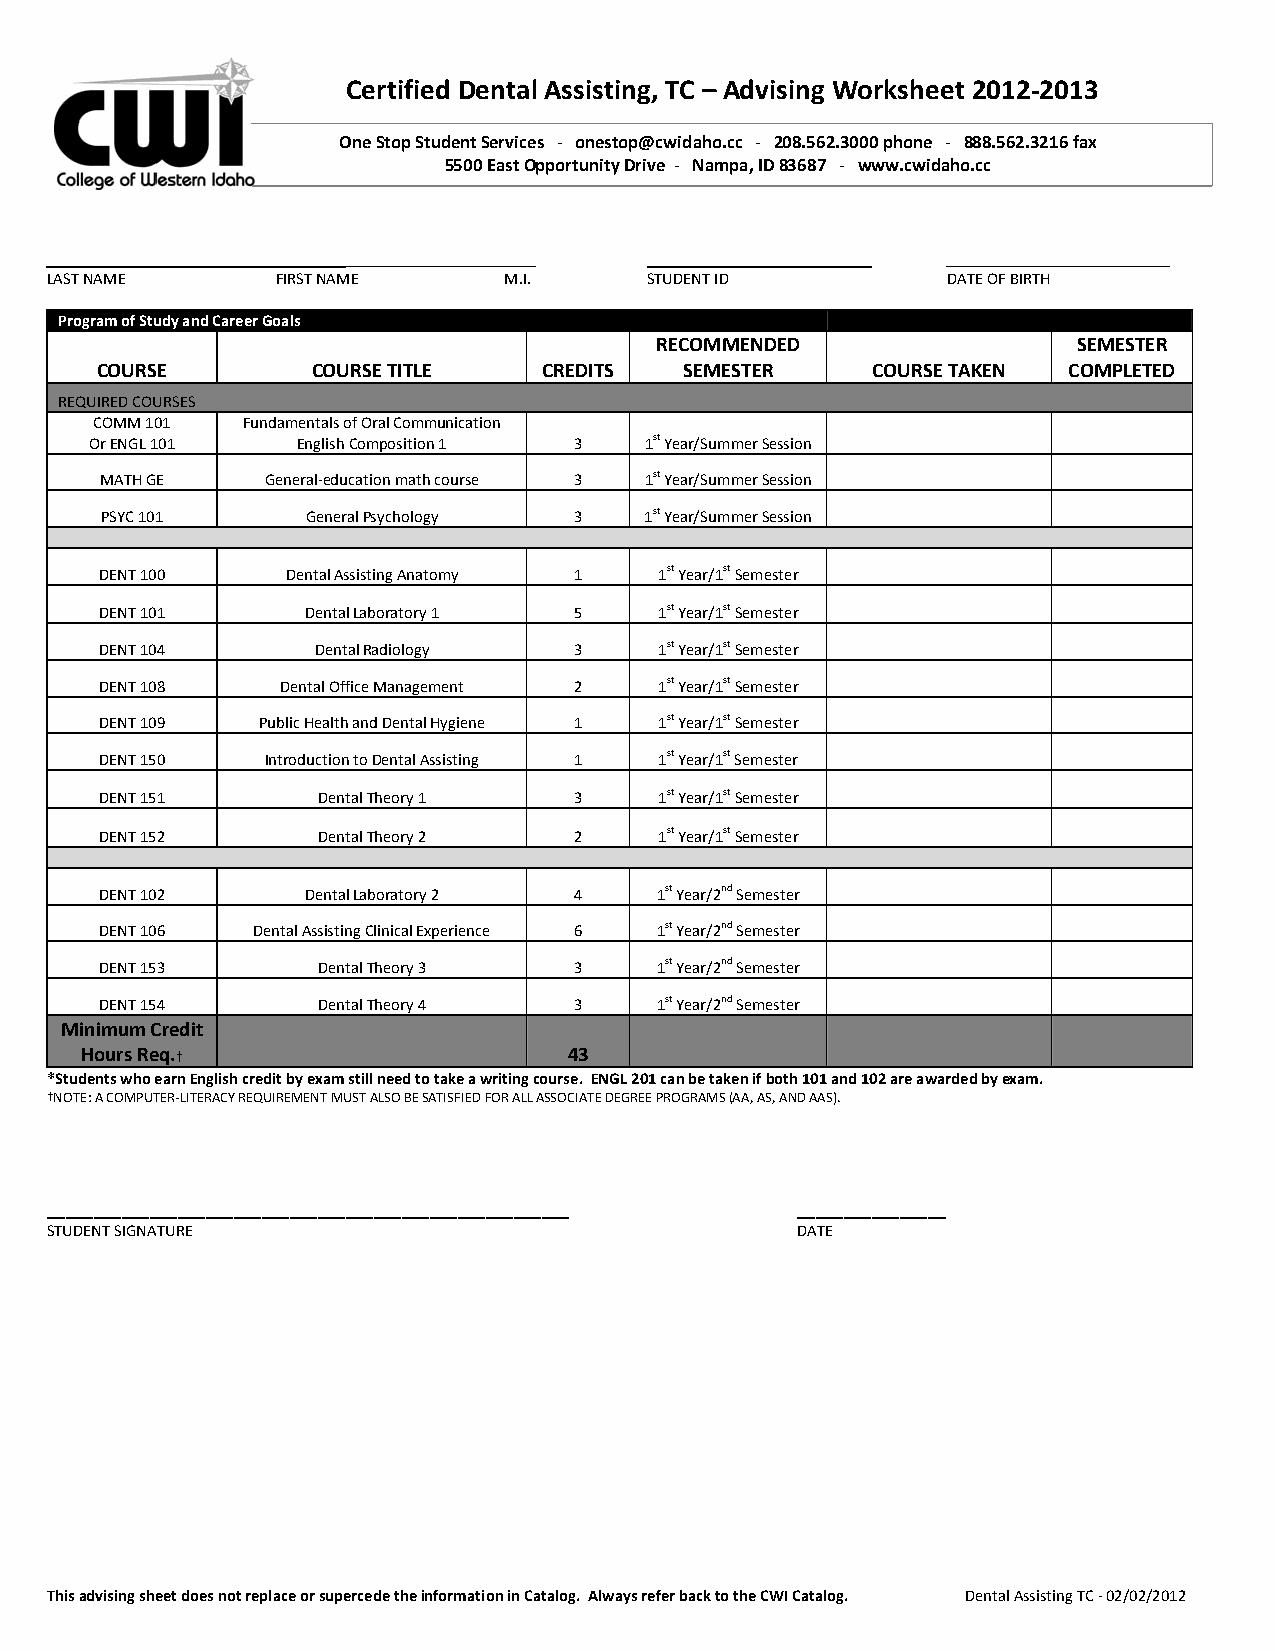
Certified Dental Assisting, TC – Advising Worksheet 2012‐2013
 One Stop Student Services ‐ onestop@cwidaho.cc ‐ 208.562.3000 phone ‐ 888.562.3216 fax
 5500 East Opportunity Drive ‐ Nampa, ID 83687 ‐ www.cwidaho.cc
 _________________________                    _____________________
 LAST NAME      FIRST NAME     M.I.      STUDENT ID          DATE OF BIRTH
 Program of Study and Career Goals
 RECOMMENDED                 SEMESTER
 COURSE         COURSE TITLE   CREDITS  SEMESTER     COURSE TAKEN COMPLETED
 REQUIRED COURSES
 COMM 101  Fundamentals of Oral Communication
 Or ENGL 101   English Composition 1 3 1st Year/Summer Session
 MATH GE    General‐education math course 3 1st Year/Summer Session
 PSYC 101     General Psychology 3   1st Year/Summer Session
 DENT 100    Dental Assisting Anatomy 1 1st Year/1st Semester
 DENT 101     Dental Laboratory 1 5   1st Year/1st Semester
 DENT 104      Dental Radiology 3     1st Year/1st Semester
 DENT 108    Dental Office Management 2 1st Year/1st Semester
 DENT 109  Public Health and Dental Hygiene 1 1st Year/1st Semester
 DENT 150   Introduction to Dental Assisting 1 1st Year/1st Semester
 DENT 151      Dental Theory 1  3     1st Year/1st Semester
 DENT 152      Dental Theory 2  2     1st Year/1st Semester
 DENT 102     Dental Laboratory 2 4  1st Year/2nd Semester
 DENT 106  Dental Assisting Clinical Experience 6 1st Year/2nd Semester
 DENT 153      Dental Theory 3  3    1st Year/2nd Semester
 DENT 154      Dental Theory 4  3    1st Year/2nd Semester
 Minimum Credit
 Hours Req.†                      43
 *Students who earn English credit by exam still need to take a writing course. ENGL 201 can be taken if both 101 and 102 are awarded by exam.
 †NOTE: A COMPUTER‐LITERACY REQUIREMENT MUST ALSO BE SATISFIED FOR ALL ASSOCIATE DEGREE PROGRAMS (AA, AS, AND AAS).
 ________________________________________________________ ________________
 STUDENT SIGNATURE                                 DATE
 This advising sheet does not replace or supercede the information in Catalog. Always refer back to the CWI Catalog. Dental Assisting TC ‐ 02/02/2012